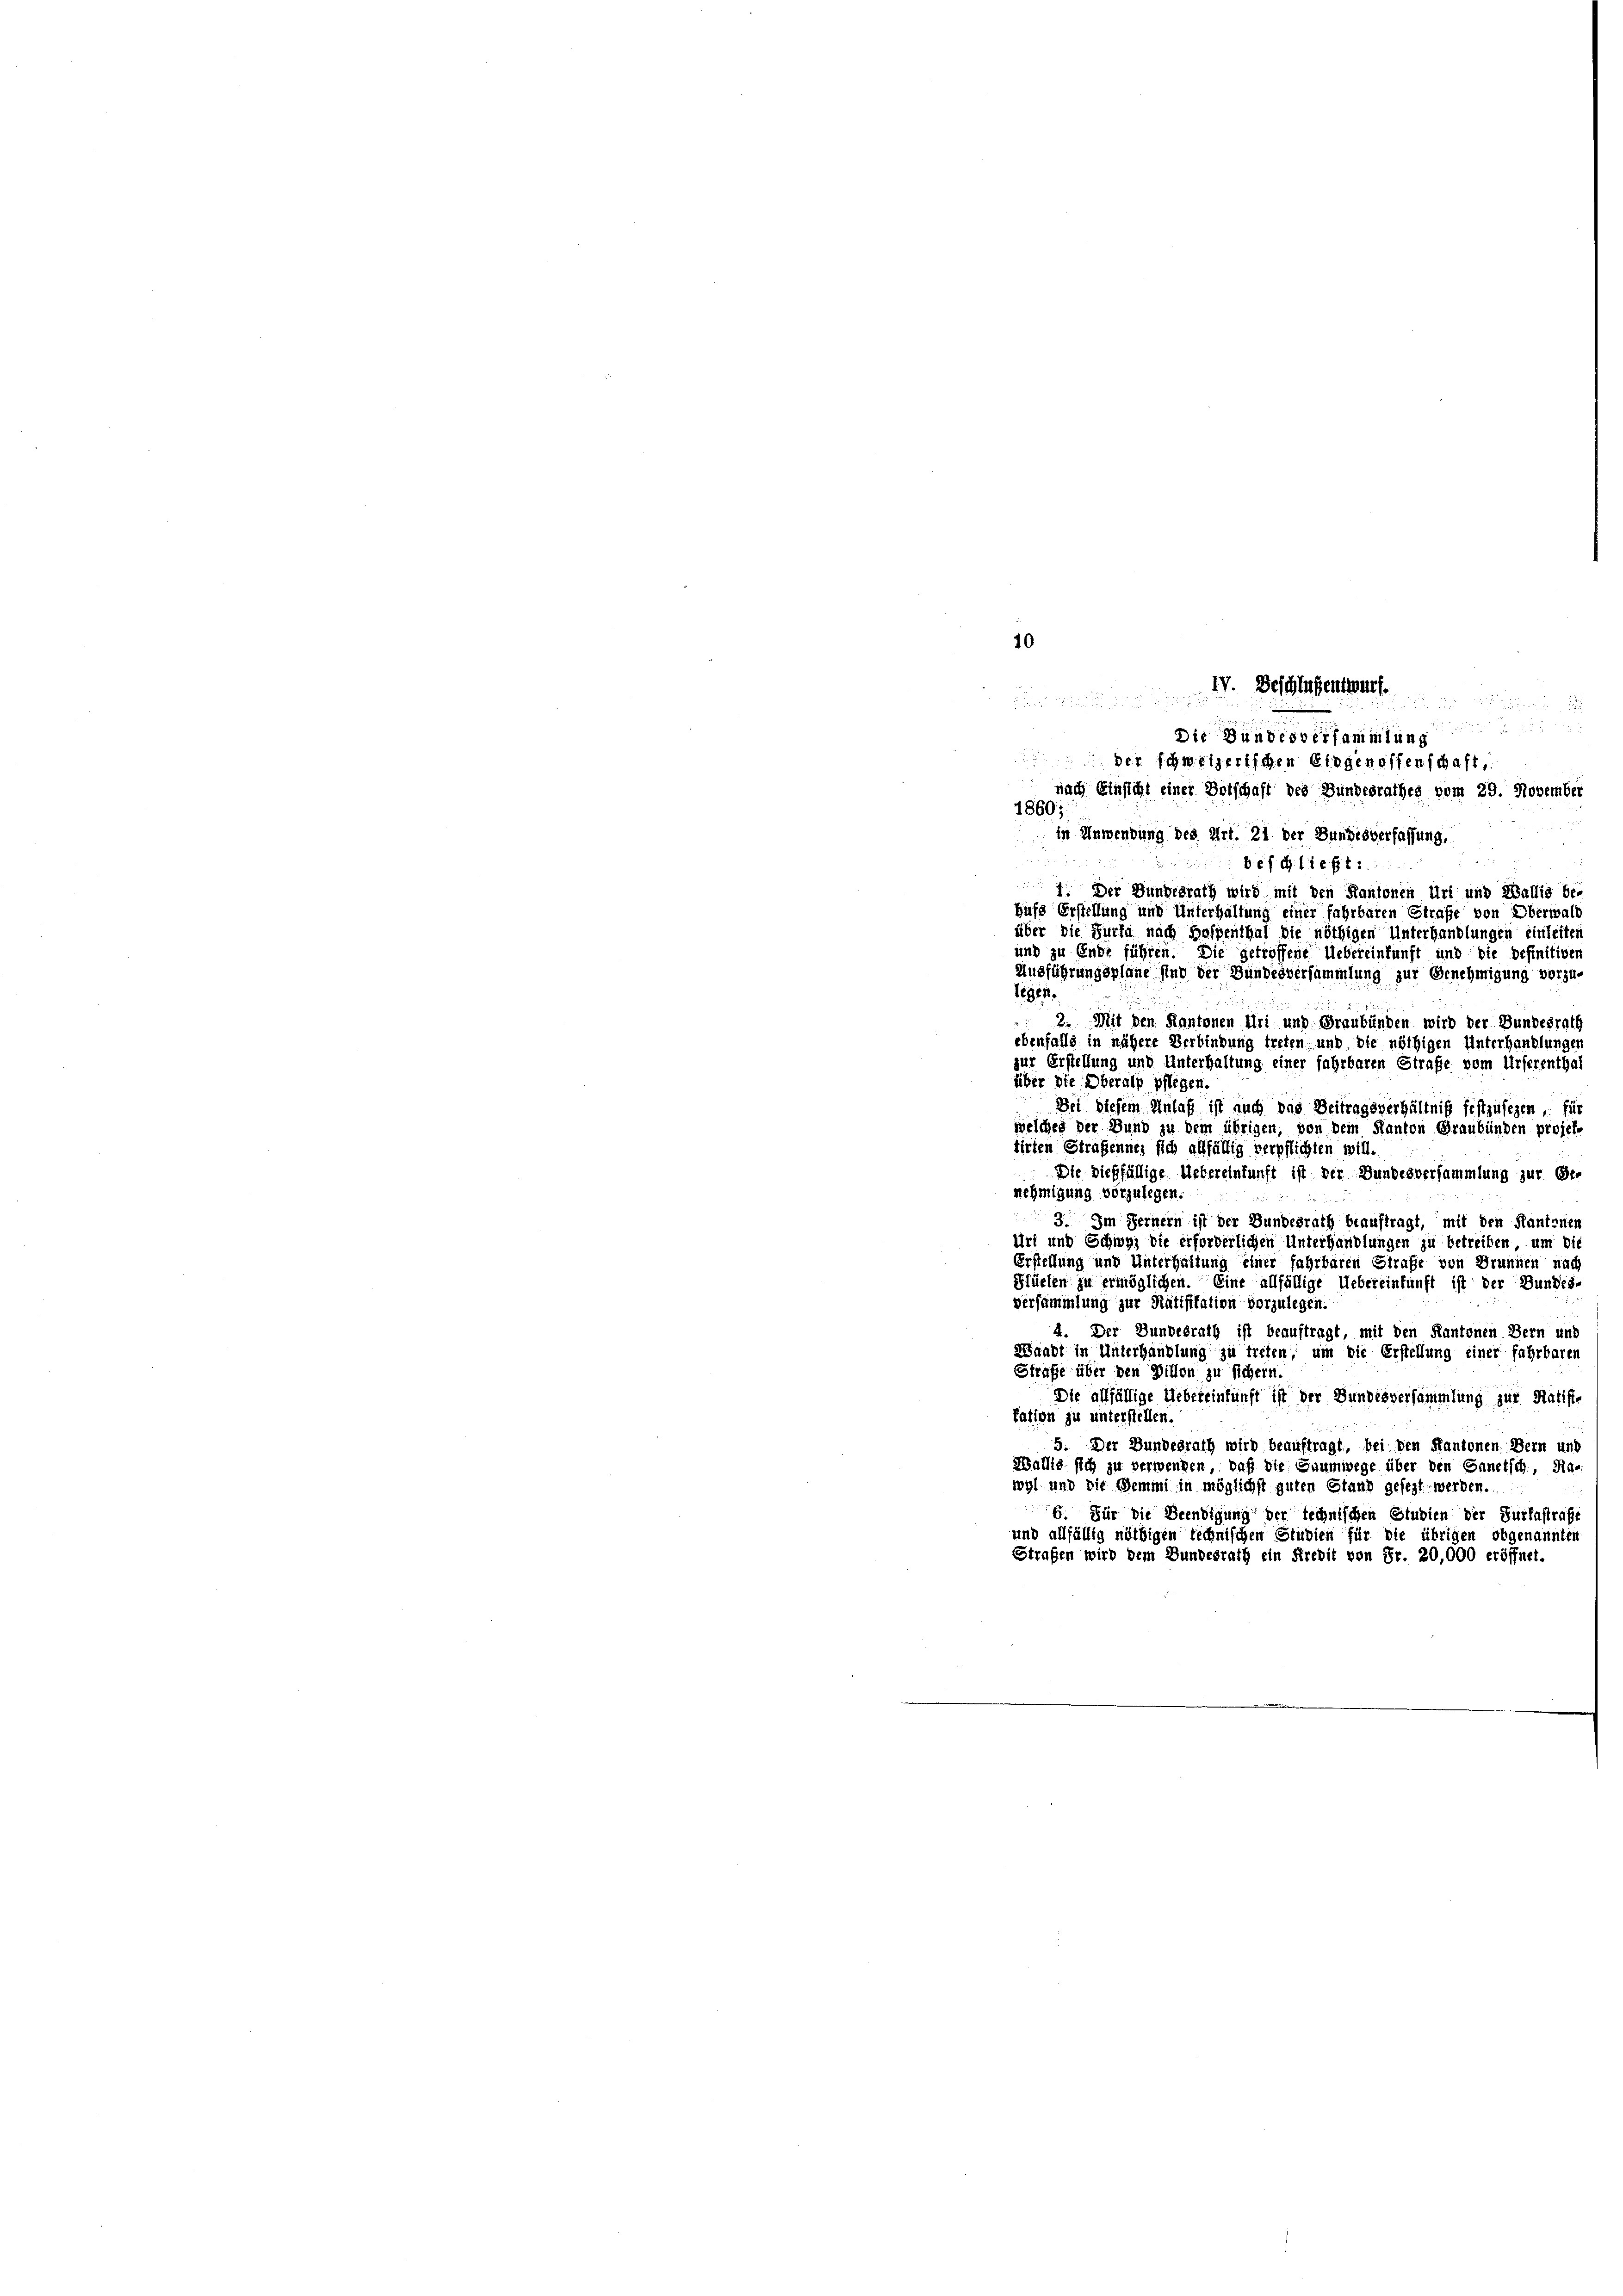
10
IV. Beschlussentwurf.

8
Die Bundesversammlung
der schweizerischen Siegenoffenschaft,
nach Einsicht einer Botschaft des Bundesrathes vom 29. November
1860;
in Anwendung des Art. 21. der Bundesverfassung,
bef G. c. fr. 5.
1. Der Bundesrath wird mit den Kantonen Uri und Wallis be-
hufs Erstellung und Unterhaltung einer fahrbaren Strafe von Oberwalb
über die Furta nach Halpenthal die nöthigen Unterhandlungen einleiten
und zu Ende führen. Die getroffene Uebereinkunft und die befinitiven
Ausführungspläne sind der Bundesversammlung zur Benehmigung vorzu-
legen.

2. Mit den Kantonen Uri und Graubünden wird der Bundesrath
ebenfalls in nähere Verbindung treten und die nöthigen Unterhandlungen
zur Erstellung und Unterhaltung einer fahrbaren Strafe vom Urserenthal
über die Oberalp pflegen.
Bei diesem Anlaß ist auch das Beitragsverhältniß festzusegen für
welches der Bund zu dem übrigen, von dem Kanton Graubünden projel-
tirten Straßennes sich allfällig verpflichten will.
 Die dießfällige Uebereinkunft ist der Bundesversammlung zur Ge-
nehmigung vorzulegen.
3. Im Fernern ist der Bundesrath beauftragt, mit den Kantonen
Uri und Schwyz die erforderlichen Unterhandlungen zu betreiben, um die
Erstellung und Unterhaltung einer fahrbaren Strafe von Brunnen nach
Plüelen zu ermöglichen. Eine allfällige Uebereinkunft ist der Bundes-
versammlung zur Ratifikation vorzulegen.
4. Der Bundesrath ist beauftragt, mit den Kantonen Bern und
Waadt in Unterhandlung zu treten, um die Erstellung einer fahrbaren
Straße über den Billon zu sichern.
Die allfällige Uebereinkunft ist der Bundesversammlung zur Statiste
tation zu unterstellen.
5. Der Bundesrath wird beauftragt, bei den Kantonen Bern und
Wallis sich zu verwenden, daß die Saumwege über den Ganetsch, Nawyl und die Bemmi in möglichst guten Stand gesezt werden.
6. Für die Beendigung der technischen Studien der Furtastrafe
und allfällig nöthigen technischen Studien für die übrigen obgenannten
Strafen wird dem Bundesrath ein Kredit von Fr. 20,000 eröffnet.